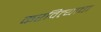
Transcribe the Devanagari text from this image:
करवित्याचा